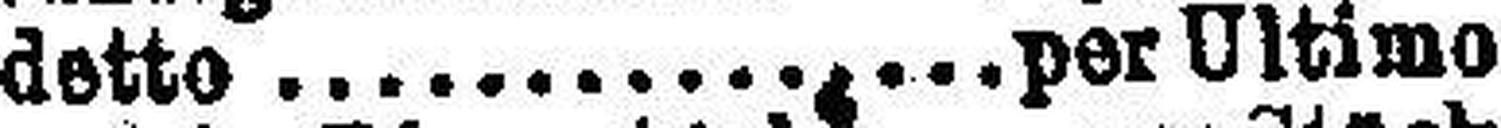
detto.....per Ultimo